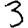
Digit: 3